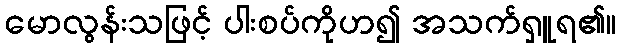
မောလွန်းသဖြင့် ပါးစပ်ကိုဟ၍ အသက်ရှူရ၏။